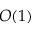
O ( 1 )